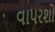
વાપરશો